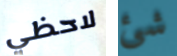
لاحظي شئ